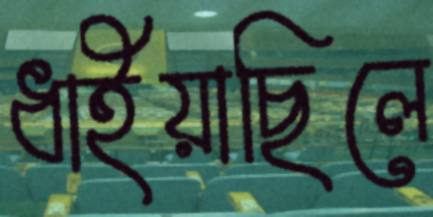
ধাইয়াছিলে